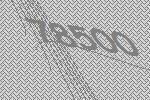
78500